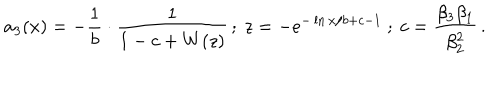
a _ { 3 } ( x ) = - \frac { 1 } { b } \cdot \frac { 1 } { 1 - c + W ( z ) } \, ; \ z = - e ^ { - \ln x / b + c - 1 } \ ; \ c = \frac { \beta _ { 3 } \beta _ { 1 } } { \beta _ { 2 } ^ { 2 } } \, .